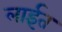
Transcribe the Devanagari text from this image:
लाईत